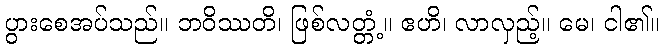
ပွားစေအပ်သည်။ ဘဝိဿတိ၊ ဖြစ်လတ္တံ့။ ဧဟိ၊ လာလှည့်။ မေ၊ ငါ၏။